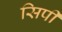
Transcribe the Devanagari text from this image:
सिर्पी